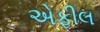
એફીલ